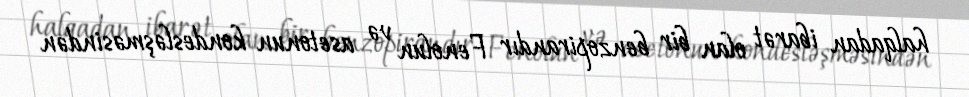
halqadan ibarət olan bir benzopirandır Fenolun və asetonun kondesləşməsindən